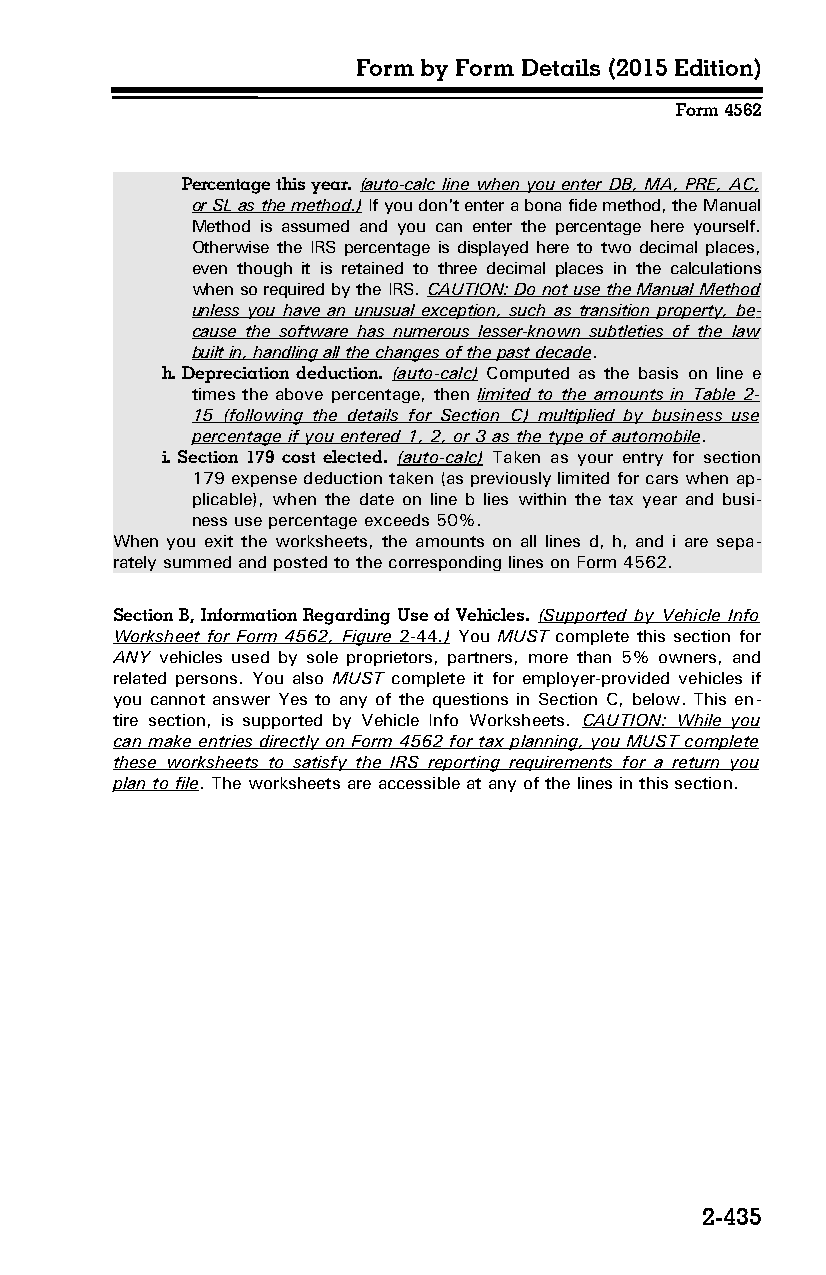
Form by Form Details (2015 Edition)
 Form 4562
 Percentage this year. (auto-calc line when you enter DB, MA, PRE, AC,
 or SL as the method.) If you don't enter a bona fide method, the Manual
 Method is assumed and you can enter the percentage here yourself.
 Otherwise the IRS percentage is displayed here to two decimal places,
 even though it is retained to three decimal places in the calculations
 when so required by the IRS. CAUTION: Do not use the Manual Method
 unless you have an unusual exception, such as transition property, be­
 cause the software has numerous lesser-known subtleties of the law
 built in, handling all the changes of the past decade.
 h. Depreciation deduction. (auto-calc) Computed as the basis on line e
 times the above percentage, then limited to the amounts in Table 2-
 15 (following the details for Section C) multiplied by business use
 percentage if you entered 1, 2, or 3 as the type of automobile.
 i. Section 179 cost elected. (auto-calc) Taken as your entry for section
 179 expense deduction taken (as previously limited for cars when ap­
 plicable), when the date on line b lies within the tax year and busi­
 ness use percentage exceeds 50%.
 When you exit the worksheets, the amounts on all lines d, h, and i are sepa­
 rately summed and posted to the corresponding lines on Form 4562.
 Section B, Information Regarding Use of Vehicles. (Supported by Vehicle Info
 Worksheet for Form 4562, Figure 2-44 .) You MUST complete this section for
 ANY vehicles used by sole proprietors, partners, more than 5% owners, and
 related persons. You also MUST complete it for employer-provided vehicles if
 you cannot answer Yes to any of the questions in Section C, below. This en­
 tire section, is supported by Vehicle Info Worksheets. CAUTION: While you
 can make entries directly on Form 4562 for tax planning, you MUST complete
 these worksheets to satisfy the IRS reporting requirements for a return you
 plan to file. The worksheets are accessible at any of the lines in this section.
 2-435